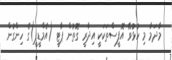
މާދަމާ މި ހުޅުވޭ އޮފީސްތަކަކީ އިދާރީ ގޮތުން ޕާޓީ (އެމްޑީޕީ)ގެ ހިންގުން